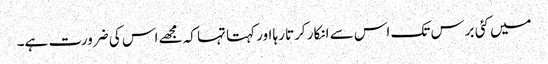
میں کئی برس تک اس سے انکار کرتا رہا اور کہتا تہا کہ مجھے اس کی ضرورت ہے۔